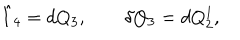
\hat { I } _ { 4 } = d Q _ { 3 } , \qquad \delta Q _ { 3 } = d Q _ { 2 } ^ { 1 } ,